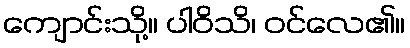
ကျောင်းသို့။ ပါဝိသိ၊ ဝင်လေ၏။